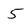
Character: 5